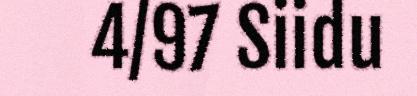
4/97 Siidu